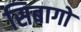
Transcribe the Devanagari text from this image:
सिबागो